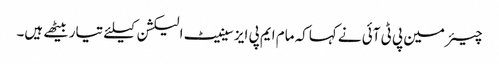
چیئرمین پی ٹی آئی نے کہاکہ مام ایم پی ایز سینیٹ الیکشن کیلئے تیاربیٹھے ہیں۔